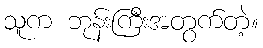
သူက ဘုန်းကြီးအတွက်တဲ့။